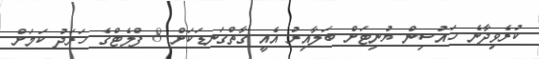
ކުރެވިދާނެ ހައުސިން ޔުނިޓަށް ބަލާއިރު އެއީ ގާތްގަނޑަކަށް 8 ފްލެޓްގެ ޚަރަދު ކަމަށް